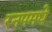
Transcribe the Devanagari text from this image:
रनपमधे